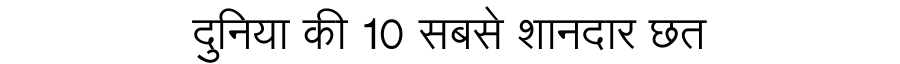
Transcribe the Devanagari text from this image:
दुनिया की 10 सबसे शानदार छत